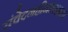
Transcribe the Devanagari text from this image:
संवेदनहीनताशास्त्र